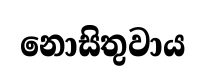
නොසිතුවාය